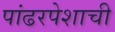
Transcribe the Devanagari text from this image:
पांढरपेशाची